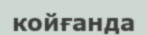
койғанда